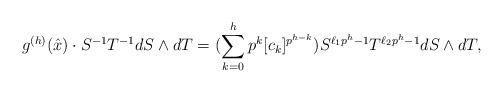
LaTeX: \begin{align*}g^{(h)}(\hat{x})&\cdot S^{-1}T^{-1}dS\wedge dT=(\sum_{k=0}^h p^k[c_k]^{p^{h-k}})S^{\ell_1p^h-1}T^{\ell_2p^h-1}dS\wedge dT,\end{align*}